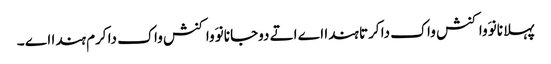
پہلا نانوَ واکنش واک دا کرتا ہندا اے اتے دوجا نانوَ واکنش واک دا کرم ہندا اے ۔